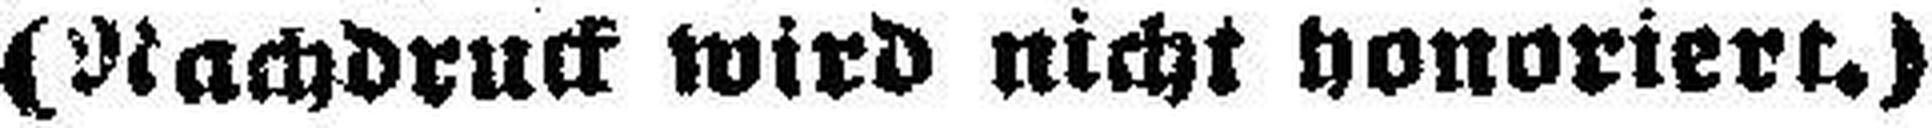
(Nachdruck wird nicht honoriert.)